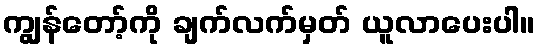
ကျွန်တော့်ကို ချက်လက်မှတ် ယူလာပေးပါ။